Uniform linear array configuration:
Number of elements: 24
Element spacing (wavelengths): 0.5
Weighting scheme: binomial
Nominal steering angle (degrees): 45
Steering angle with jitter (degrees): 46.047
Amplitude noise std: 0.05
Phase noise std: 0.05

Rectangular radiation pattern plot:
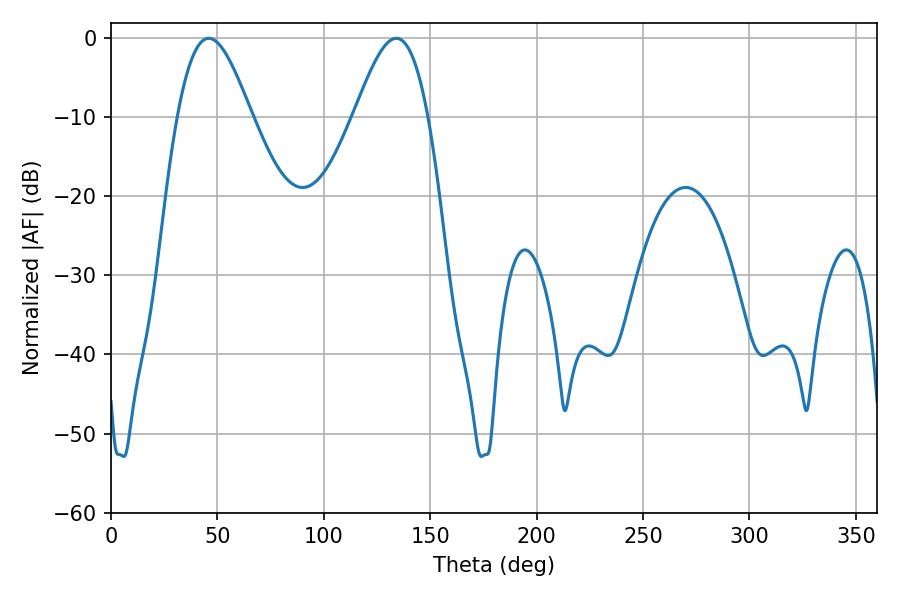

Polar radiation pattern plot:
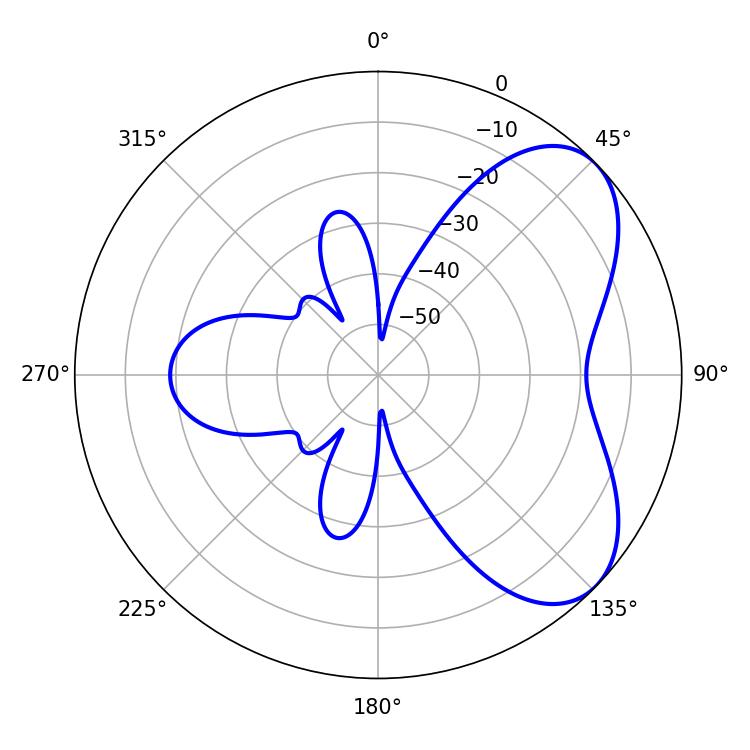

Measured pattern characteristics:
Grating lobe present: FALSE
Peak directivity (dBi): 5.8
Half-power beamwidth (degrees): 18.54
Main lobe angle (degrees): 45.9